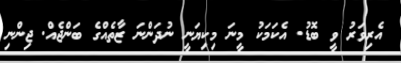
އެރިވަރު ވީ ބޮޑު. އެކަމަކު މީނަ މިކިޔަނީ ނުދަންނަ ޒާތެއްގެ ބަންޖެއް. ޖިންނި